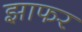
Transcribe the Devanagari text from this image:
झाफर